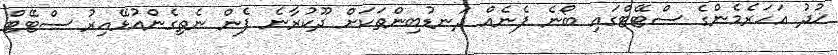
ޚުދު އަހަރެމެންގެ ސްޓޭޓްގައި ބޯނެ ފެނެއް ދަނޑުބިންތަކަށް ދޫކުރާނެ ފެން ނެތިގެންއުޅޭއިރު ސްޓޭޓް